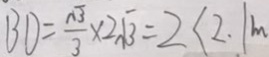
B D = \frac { \sqrt { 3 } } { 3 } \times 2 \sqrt { 3 } = 2 < 2 . 1 m